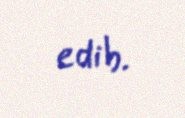
edib.